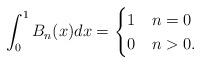
LaTeX: \begin{align*}\int_0^1 B_n(x)dx=\begin{cases}1 & n=0 \\ 0 & n>0. \end{cases}\end{align*}